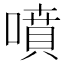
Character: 噴